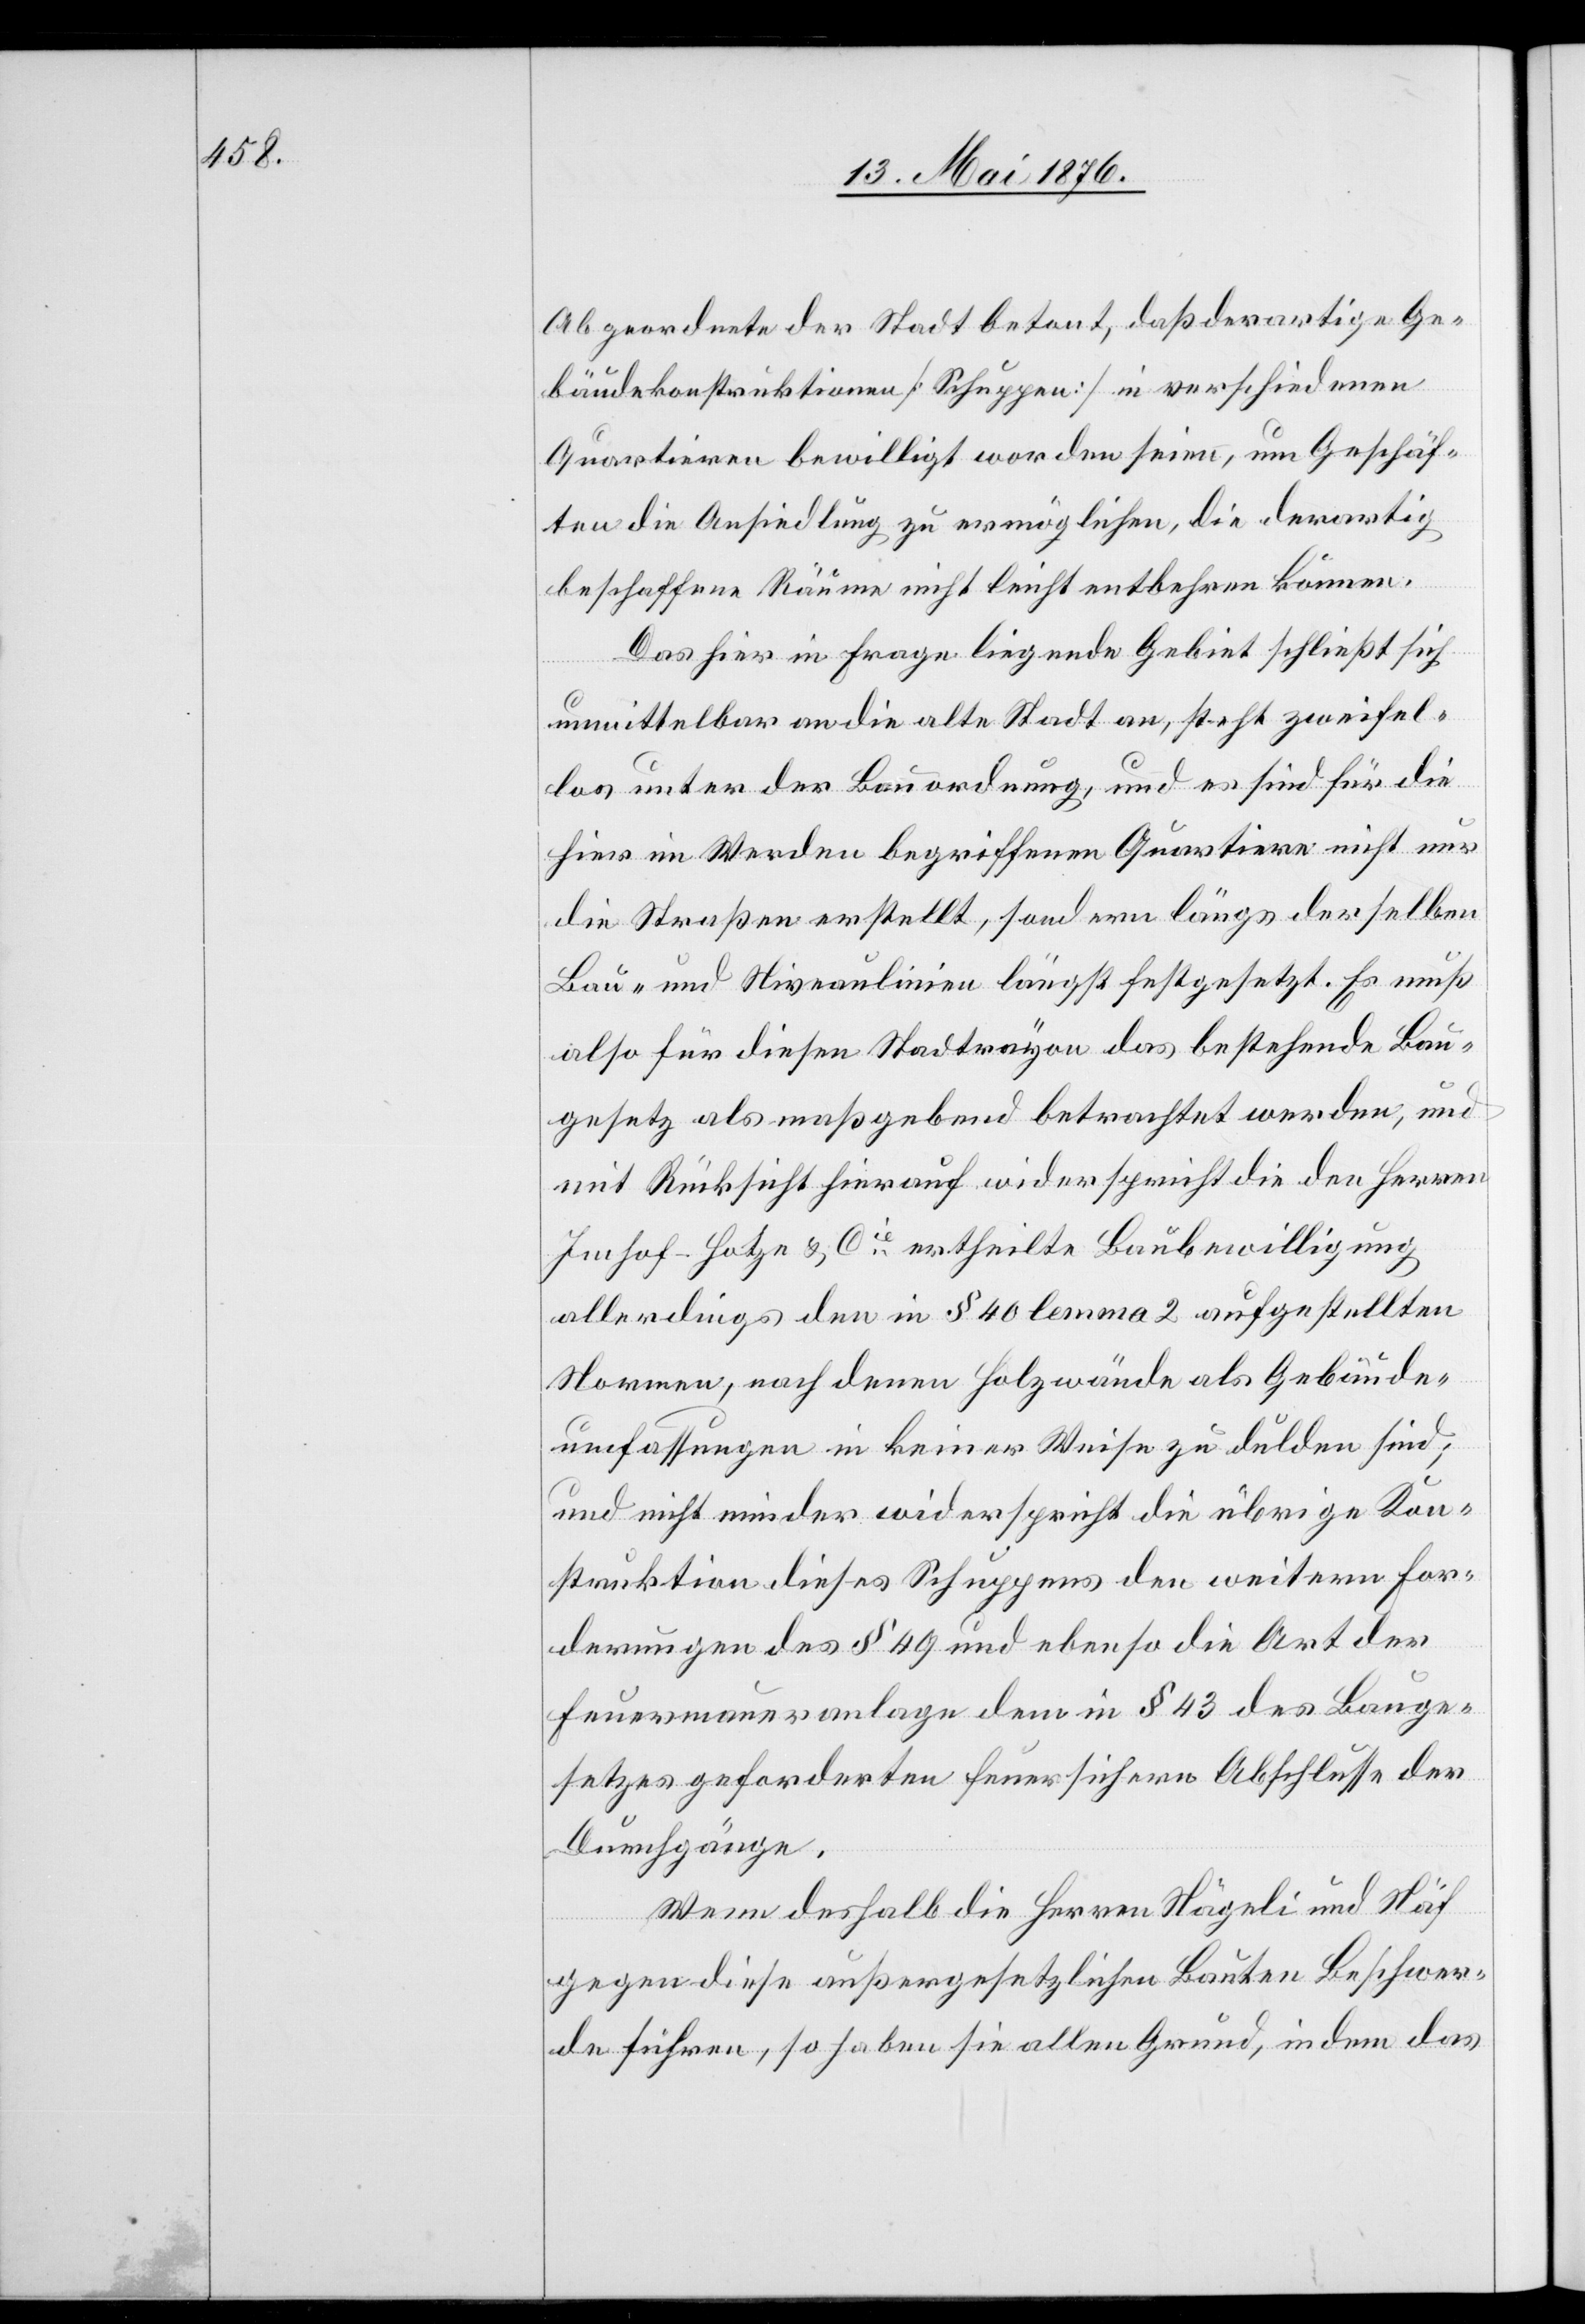
Abgeordnete der Stadt betont, daß derartige Ge¬
bäudekonstruktionen [Schuppen] in verschiedenen
Quartieren bewilligt worden seien, um Geschäf¬
te die Ansiedlung zu ermöglichen, die derartig
beschaffene Räume nicht leicht entbehren können.
Das hier in Frage liegende Gebiet schließt sich
unmittelbar an die alte Stadt an, steht zweifel¬
los unter der Bauordnung, und es sind für die
hier im werden begriffenen Quartiere nicht nur
die Straßen erstellt, sondern längs derselben
Bau und Niveaulinien längst festgesetzt. Es muß
also für diesen Stadtrayon das bestehende Bau¬
gesetz als maßgebend betrachtet werden, und
mit Rücksicht hierauf widerspricht die den Herren
Imhof-Hotze & Cie ertheilte Baubewilligung
allerdings den in § 40 lemma 2 aufgestellten
Normen, nach denen Holzwände als Gebäude¬
umfassungen in keiner Weise zu dulden sind;
und nicht minder widerspricht die übrige Kon¬
struktion dieses Schuppens den weitern For¬
derungen des § 49 und ebenso die Art der
Feuermaueranlage dem in § 43 des Bauge¬
setzes geforderten feuersichern Abschlusse der
Durchgänge.
Wenn deshalb die Herren Nägeli und Näf
gegen diese außergesetzlichen Bauten Beschwer¬
de führen, so haben sie allen Grund, in dem das